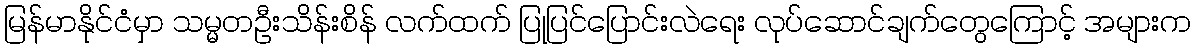
မြန်မာနိုင်ငံမှာ သမ္မတဦးသိန်းစိန် လက်ထက် ပြုပြင်ပြောင်းလဲရေး လုပ်ဆောင်ချက်တွေကြောင့် အများက